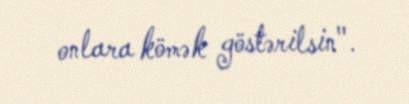
onlara kömək göstərilsin".